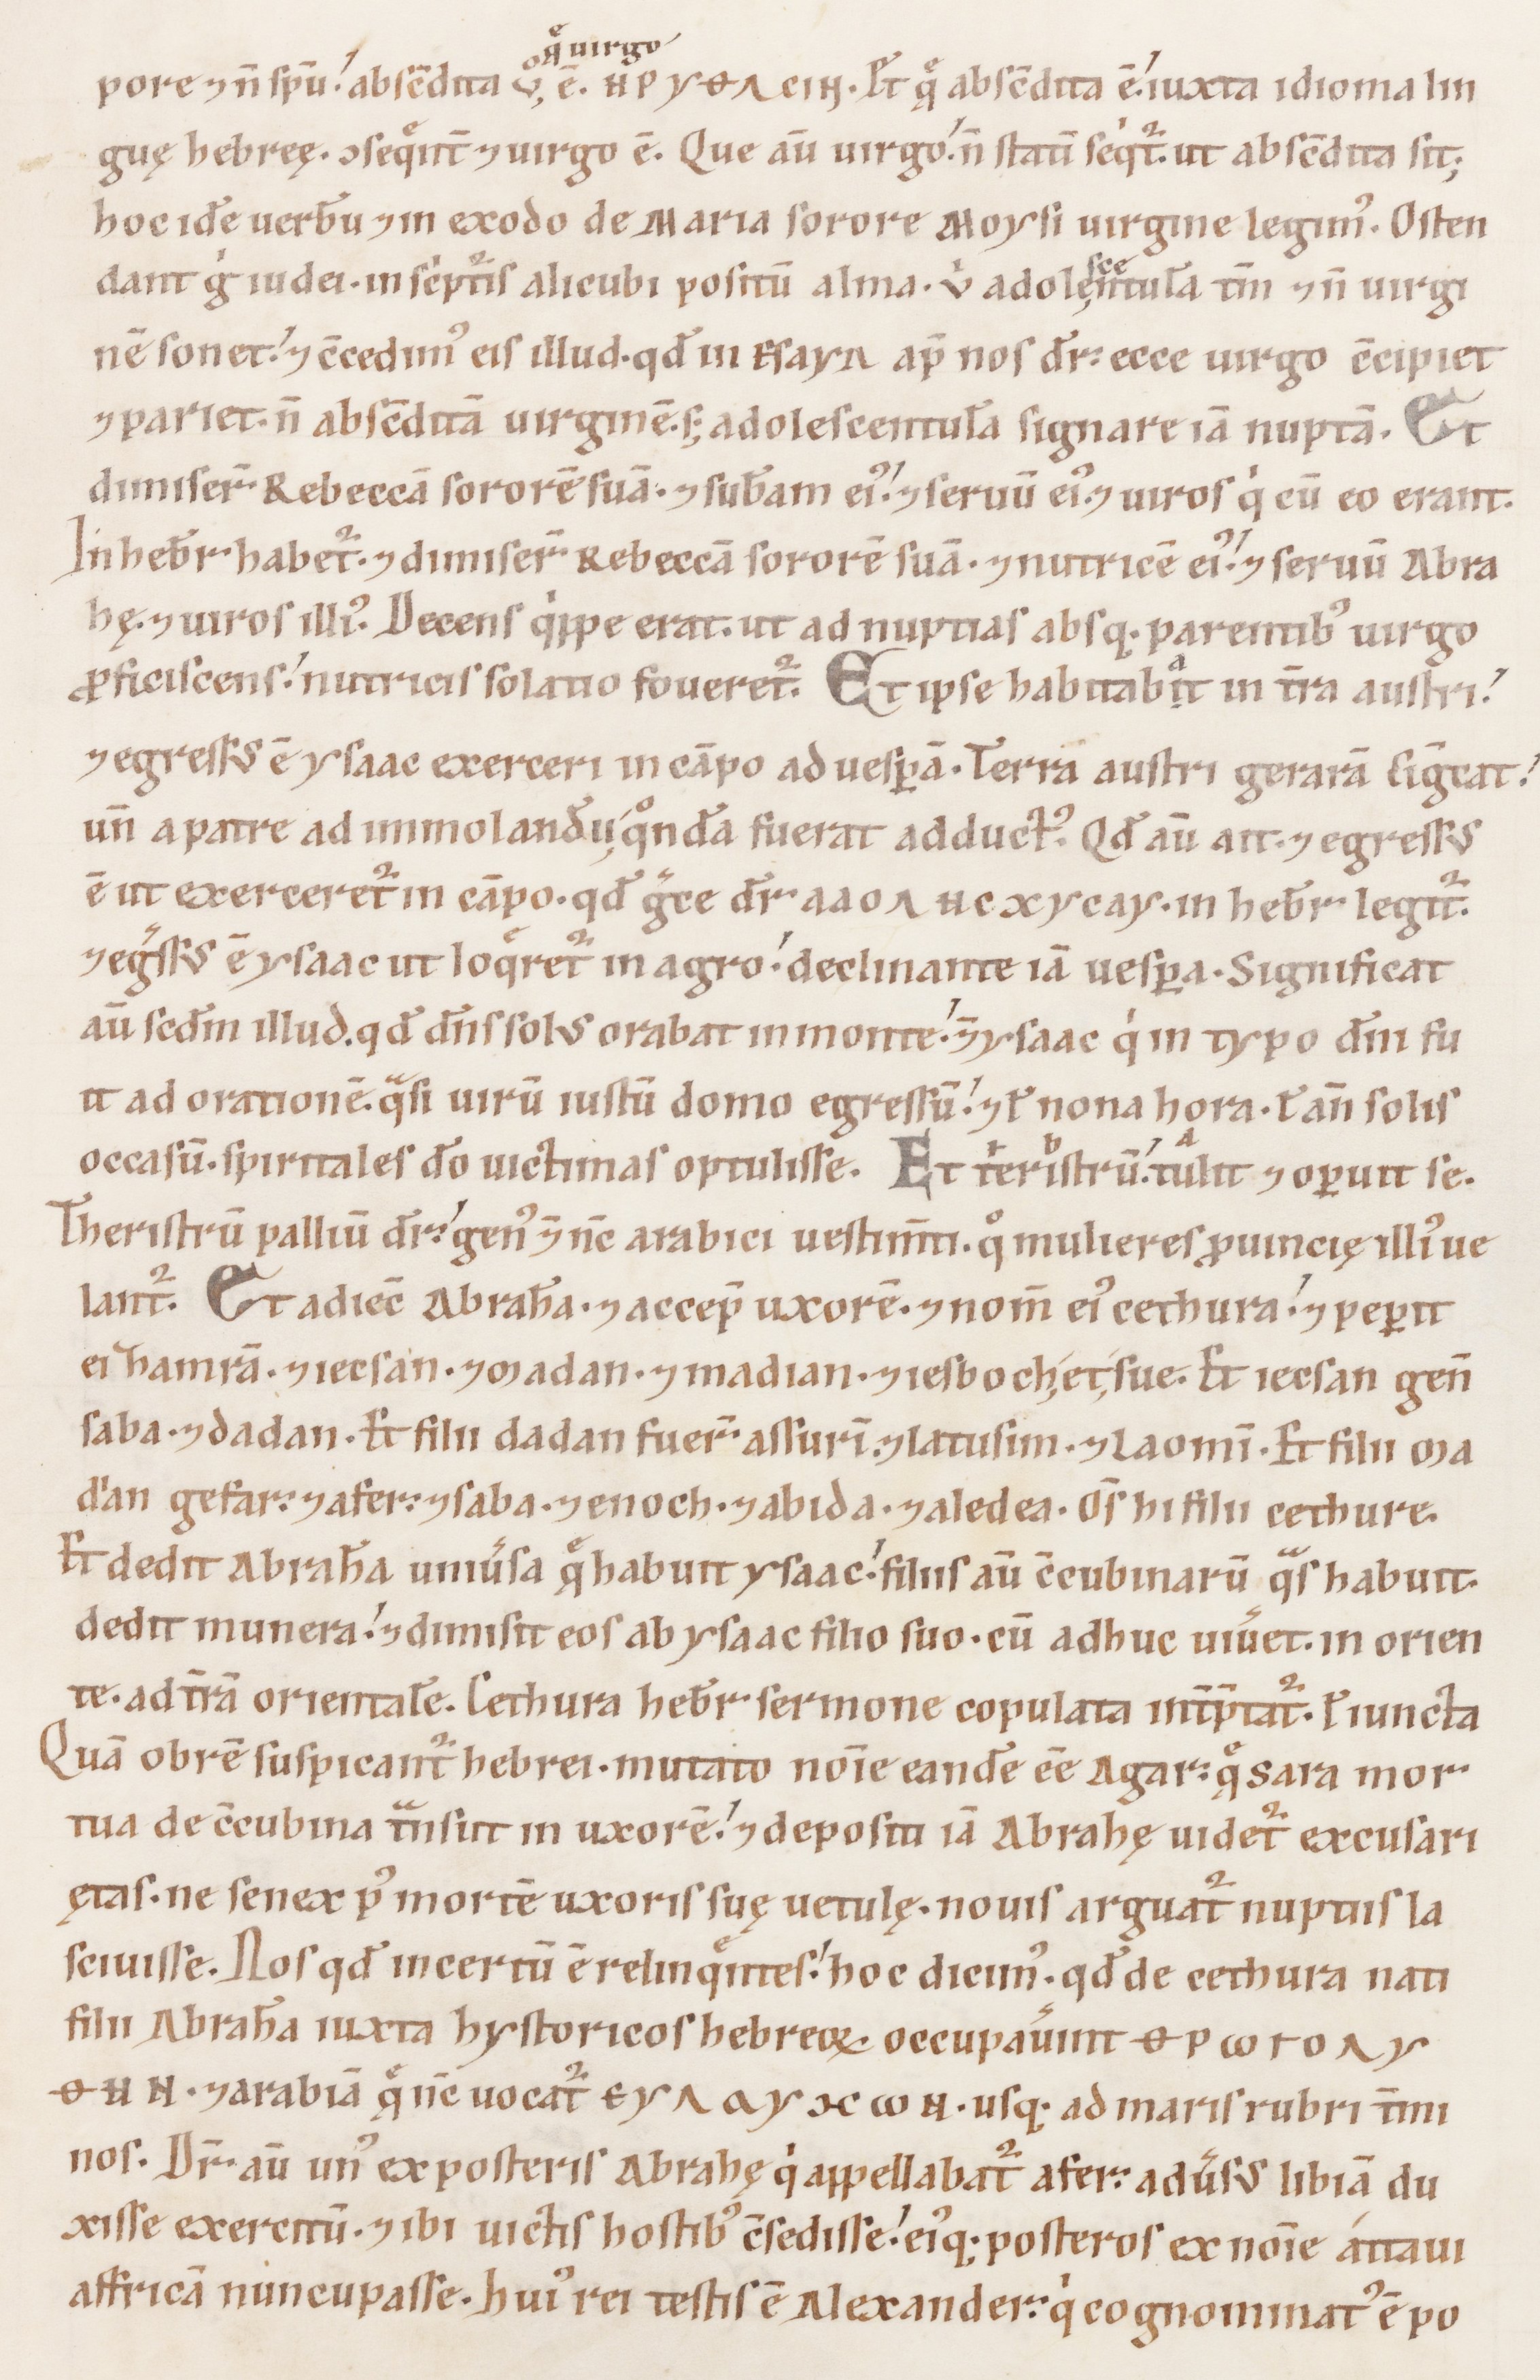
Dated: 1100–1199